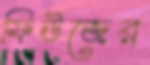
ফিউজের